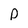
Character: P